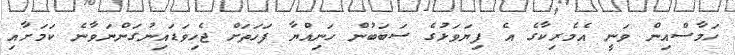
ހަމާސްއިން ވަނީ އެމެރިކާގެ އެ ފިޔަވަޅުގެ ސަބަބުން ހަނިއްޔާ ފަހަތަށް ޖެހިވަޑައިނުގަންނަވާނެ ކަމަށާއި